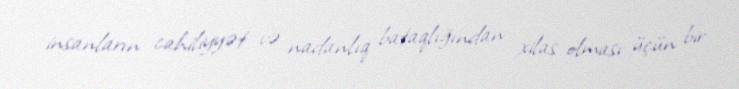
insanların cahiliyyət və nadanlıq bataqlığından xilas olması üçün bir